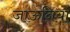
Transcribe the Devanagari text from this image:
जाऊनियां